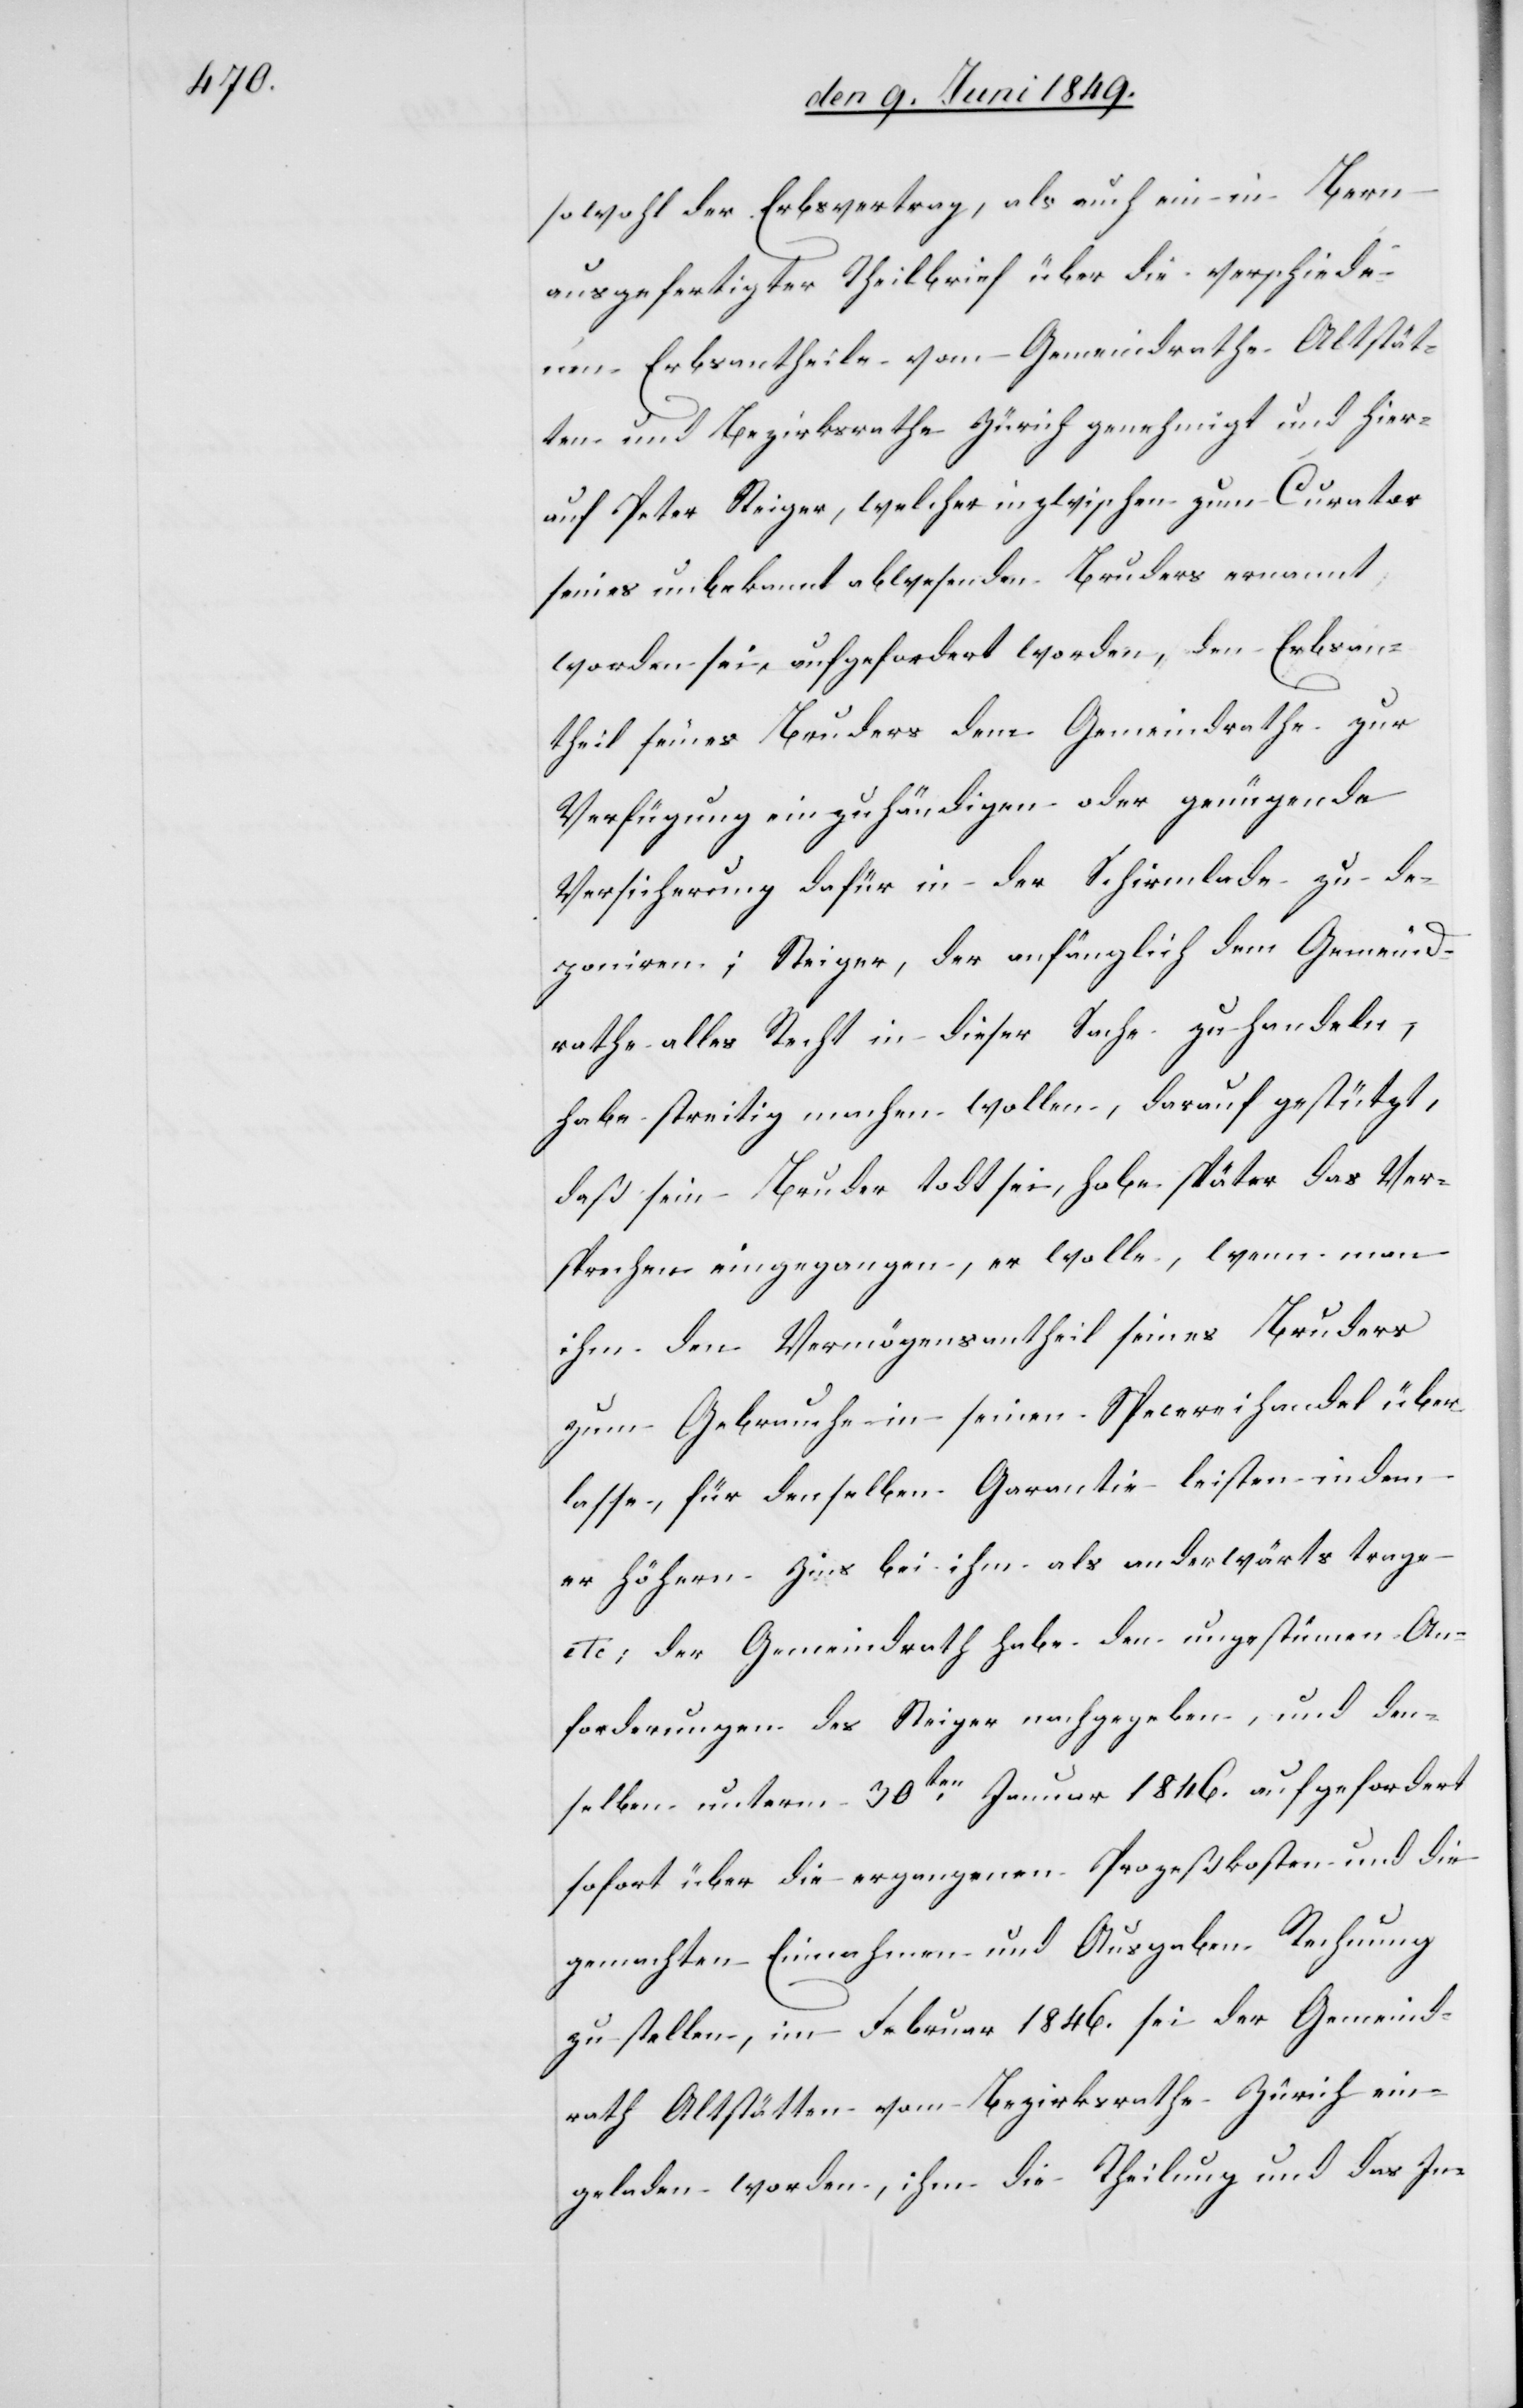
sowohl der Erbsvertrag, als auch ein in Bern
ausgefertigter Theilbrief über die verschiede¬
nen Erbsantheile vom Gemeindrathe Altstät¬
ten und Bezirksrathe Zürich genehmigt und hier¬
auf Peter Steiger, welcher inzwischen zum Curator
seines unbekannt abwesenden Bruders ernannt
worden sei, aufgefordert worden, den Erbsan¬
theil seines Bruders dem Gemeindrathe zur
Verfügung einzuhändigen oder genügende
Versicherung dafür in der Schirmlade zu de¬
poniren; Steiger, der anfänglich dem Gemeind¬
rathe alles Recht in dieser Sache zu handeln,
habe streitig machen wollen, darauf gestützt,
daß sein Bruder todt sei, habe später das Ver¬
sprechen eingegangen, er wolle, wenn man
ihm den Vermögensantheil seines Bruders
zum Gebrauche in seinen Specereihandel über¬
lasse, für denselben Garantie leisten indem
er höhern Zins bei ihm als anderwärts trage
etc; der Gemeindrath habe den ungestümen An¬
forderungen des Steiger nachgegeben, und den¬
selben unterm 30ten Januar 1846. aufgefordert
sofort über die ergangenen Prozeßkosten und die
gemachten Einnahmen und Ausgaben Rechnung
zu stellen, im Februar 1846. sei der Gemeind¬
rath Altstätten vom Bezirksrathe Zürich ein¬
geladen worden, ihm die Theilung und das In-